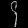
Digit: ၄